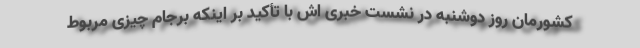
کشورمان روز دوشنبه در نشست خبری اش با تأکید بر اینکه برجام چیزی مربوط